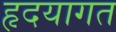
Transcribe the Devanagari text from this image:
हृदयागत